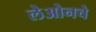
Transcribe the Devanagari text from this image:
लेओनचे